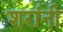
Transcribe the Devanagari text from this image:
शरांनी